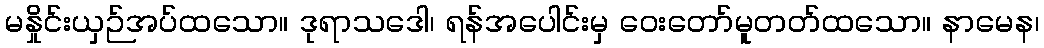
မနှိုင်းယှဉ်အပ်ထသော။ ဒုရာသဒေါ၊ ရန်အပေါင်းမှ ဝေးတော်မူတတ်ထသော။ နာမေန၊